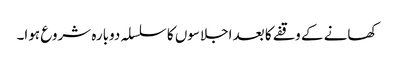
کھانے کے وقفے کا بعد اجلاسوں کا سلسلہ دوبارہ شروع ہوا۔